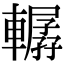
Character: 轏